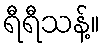
ရီရီသန့်။